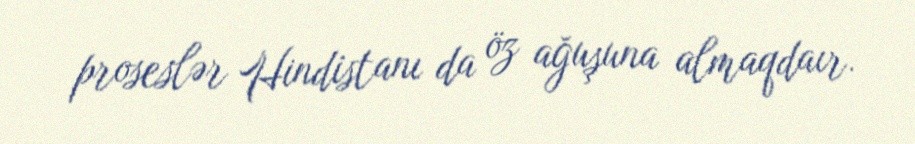
proseslər Hindistanı da öz ağuşuna almaqdaır.